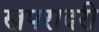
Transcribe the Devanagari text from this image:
खपरादरी